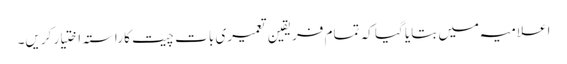
اعلامیہ میں بتایا گیا کہ تمام فریقین تعمیری بات چیت کا راستہ اختیار کریں۔